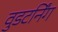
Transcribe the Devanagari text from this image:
वुडटर्निंग